Madras plague regulations in force outside the Presidency town - Volume 3
Disease focus: Plague
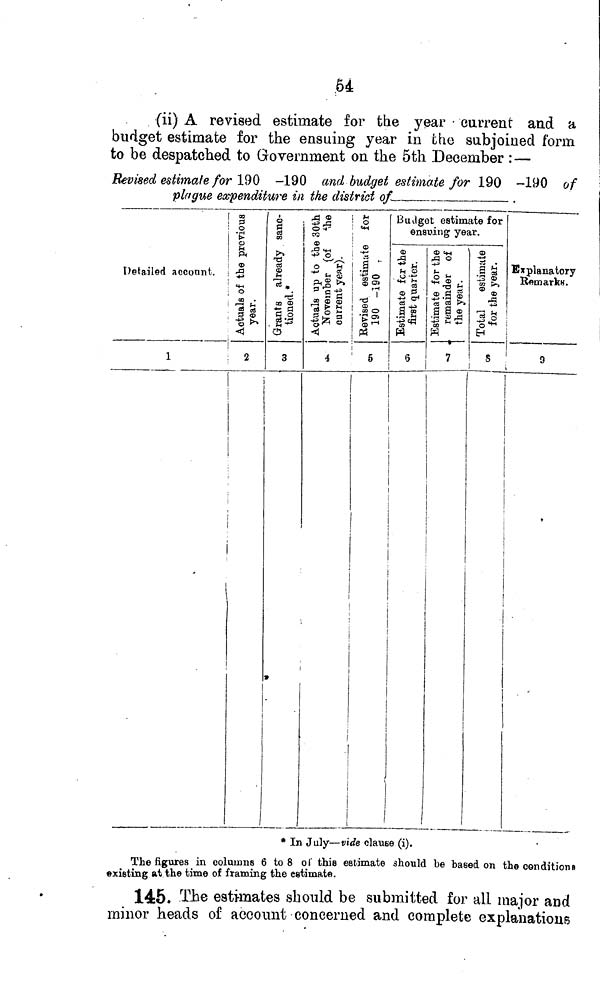
te
(ii) A revised estimate for the year • carrent and a
budget estimate for the ensuing year in the subjoined form
to be despatched to Government on the 5th December : —
Revised estimate for 190 -190
and budget estimate for 190 -190 of
plague expenditure in the district of
.
Detailed account.
1
03
ft
O
•p o
à
«
3
o
CO
g z
1fc <J
2
o
i
>-.
1
0>
»H
'**.
Tí
CO Œ
II
o
3
*
rO «
ë£
« V
Ä •
o "H"
•*- t, S
p^-ÎT 2 ß
» o S
U £ fc
4^§
<!
S°M
CD
a
J '
"03 °« 0>
-ö 7
m
03 O
"g s
PÍ
4
5
B u il get estimaie for
ensuing year.
0)
îï
4a'K S3
® 5,
"S5
.â£
18 e «
W
1 5
4) ÍM
3°t
.
£ g .
-a H
® .S «
es ai >>
a a <P
•J8Ö
W
7
-2 1s .
Il
*Â
3§
"o"*- 1
H
S
Explanatory
Remark«.
9
•
* In July—vide clause (i).
The figures in columns 6 to 8 oí this estimate should be based on the conditions
»listing at the time of framing the estimate.
145» -The estimates should be submitted for all major and
minor heads of account concerned and complete explanations